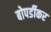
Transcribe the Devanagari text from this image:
बोपर्डीकर